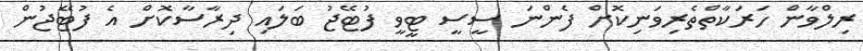
ރިލްވާން ހަރަކާތްތެރިވަނިކޮށް ފެންނަ ސީސީ ޓީވީ ފުޓޭޖު ބަލައި ދިރާސާކޮށް އެ ފުޓޭޖުން